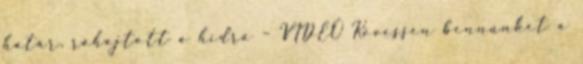
határ, ráhajtott a hídra – VIDEÓ Kövessen bennünket a